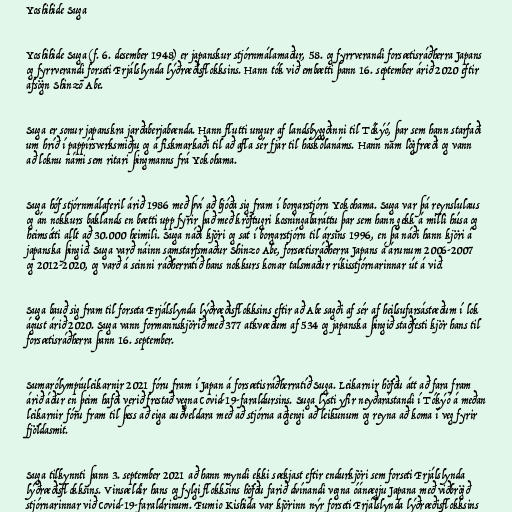
Yoshihide Suga

Yoshihide Suga (f. 6. desember 1948) er japanskur stjórnmálamaður, 58. og fyrrverandi forsætisráðherra Japans
og fyrrverandi forseti Frjálslynda lýðræðisflokksins. Hann tók við embætti þann 16. september árið 2020 eftir
afsögn Shinzō Abe.

Suga er sonur japanskra jarðaberjabænda. Hann flutti ungur af landsbyggðinni til Tókýó, þar sem hann starfaði
um hríð í pappírsverksmiðju og á fiskmarkaði til að afla sér fjár til háskólanáms. Hann nam lögfræði og vann
að loknu námi sem ritari þingmanns frá Yokohama.

Suga hóf stjórnmálaferil árið 1986 með því að bjóða sig fram í borgarstjórn Yokohama. Suga var þá reynslulaus
og án nokkurs baklands en bætti upp fyrir það með kröftugri kosningabaráttu þar sem hann gekk á milli húsa og
heimsótti allt að 30.000 heimili. Suga náði kjöri og sat í borgarstjórn til ársins 1996, en þá náði hann kjöri á
japanska þingið. Suga varð náinn samstarfsmaður Shinzo Abe, forsætisráðherra Japans á árunum 2006-2007
og 2012-2020, og varð á seinni ráðherratíð hans nokkurs konar talsmaður ríkisstjórnarinnar út á við.

Suga bauð sig fram til forseta Frjálslynda lýðræðisflokksins eftir að Abe sagði af sér af heilsufarsástæðum í lok
ágúst árið 2020. Suga vann formannskjörið með 377 atkvæðum af 534 og japanska þingið staðfesti kjör hans til
forsætisráðherra þann 16. september.

Sumarólympíuleikarnir 2021 fóru fram í Japan á forsætisráðherratíð Suga. Leikarnir höfðu átt að fara fram
árið áður en þeim hafði verið frestað vegna Covid-19-faraldursins. Suga lýsti yfir neyðarástandi í Tókýó á meðan
leikarnir fóru fram til þess að eiga auðveldara með að stjórna aðgengi að leikunum og reyna að koma í veg fyrir
fjöldasmit.

Suga tilkynnti þann 3. september 2021 að hann myndi ekki sækjast eftir endurkjöri sem forseti Frjálslynda
lýðræðisflokksins. Vinsældir hans og fylgi flokksins höfðu farið dvínandi vegna óánægju Japana með viðbrögð
stjórnarinnar við Covid-19-faraldrinum. Fumio Kishida var kjörinn nýr forseti Frjálslynda lýðræðisflokksins